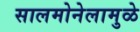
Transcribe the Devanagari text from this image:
सालमोनेलामुळे